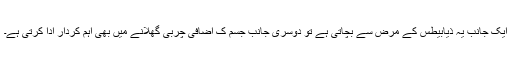
ایک جانب یہ ذیابیطس کے مرض سے بچاتی ہے تو دوسری جانب جسم ک اضافی چربی گھلانے میں بھی اہم کردار ادا کرتی ہے۔